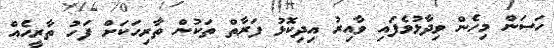
ހަސަން މިހެން ވިދާޅުވެފައި ވާއިރު އިދިކޮޅު ފަރާތް ތަކުން ތާރިހަކަށް ފަހު ތާރީހެއް